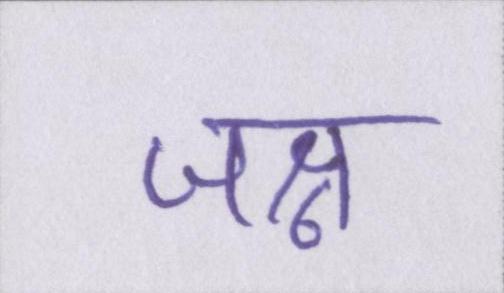
जश्न